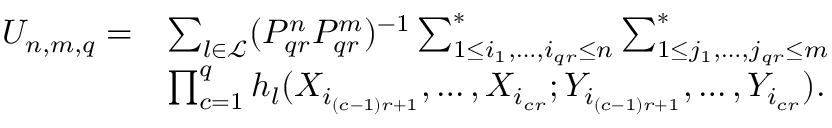
\begin{array} { r l } { U _ { n , m , q } = } & { \sum _ { l \in \mathcal { L } } ( P _ { q r } ^ { n } P _ { q r } ^ { m } ) ^ { - 1 } \sum _ { 1 \le i _ { 1 } , \ldots , i _ { q r } \le n } ^ { * } \sum _ { 1 \le j _ { 1 } , \ldots , j _ { q r } \le m } ^ { * } } \\ & { \prod _ { c = 1 } ^ { q } h _ { l } ( X _ { i _ { ( c - 1 ) r + 1 } } , \ldots , X _ { i _ { c r } } ; Y _ { i _ { ( c - 1 ) r + 1 } } , \ldots , Y _ { i _ { c r } } ) . } \end{array}